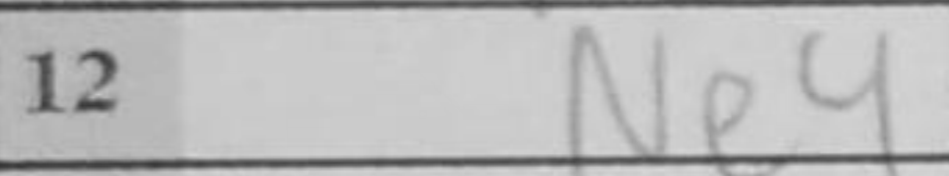
Transcription: Ne4